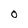
Character: O